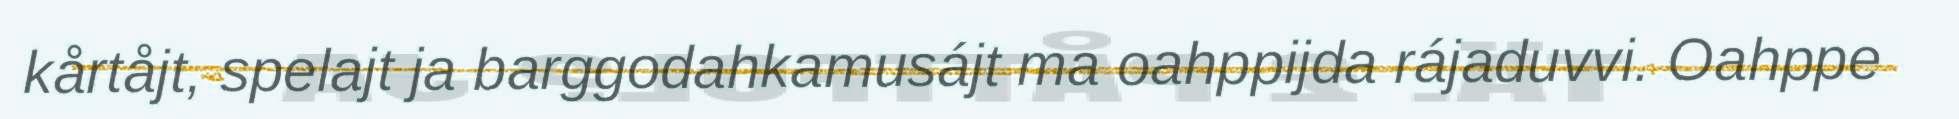
kårtåjt, spelajt ja barggodahkamusájt ma oahppijda rájaduvvi. Oahppe